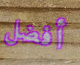
أفضل